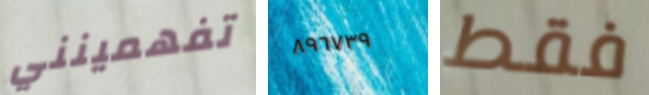
تفهمينني ٨٩٦٧٣٩ فقط